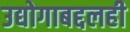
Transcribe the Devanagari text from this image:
उद्योगाबद्दलही